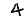
Digit: 4